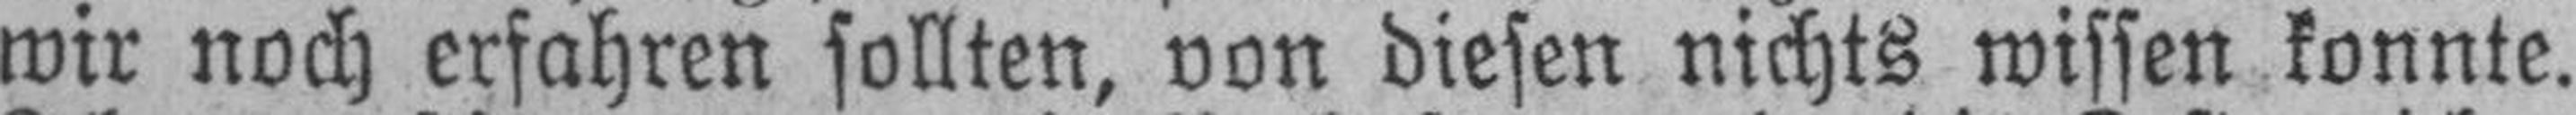
wir noch erfahren sollten, von diesen nichts wissen konnte.